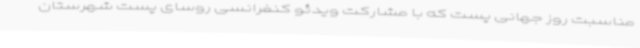
مناسبت روز جهانی پست که با مشارکت ویدئو کنفرانسی روسای پست شهرستان